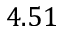
4 . 5 1